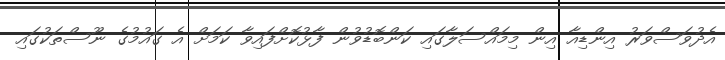
އެދުވަސްވަރު އިންޑިއާ އިން މިމައްސަލާގައި ކަންބޮޑުވުން ފާޅުކޮށްފައިވާ ކަމަށް އެ ގައުމުގެ ނޫސްތަކުގައި